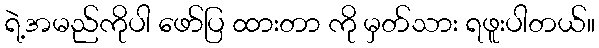
ရဲ့အမည်ကိုပါ ဖော်ပြ ထားတာ ကို မှတ်သား ရဖူးပါတယ်။